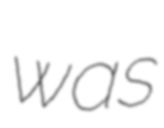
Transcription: was